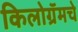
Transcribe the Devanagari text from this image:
किलोग्रॅमचे